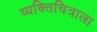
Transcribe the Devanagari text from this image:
व्यक्तिचित्राला